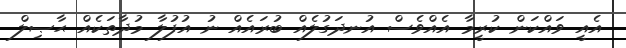
އެއީ ވައްކަން ކުރީމާ އެއްވެސް އުނދަގުލެއް ބުރައެއް ނު އުފުލާ މުދާތަކެއް ޙާޞިލް